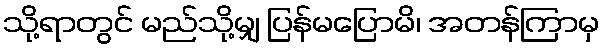
သို့ရာတွင် မည်သို့မျှ ပြန်မပြောမိ၊ အတန်ကြာမှ